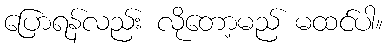
ပြောရန်လည်း လိုတော့မည် မထင်ပါ။